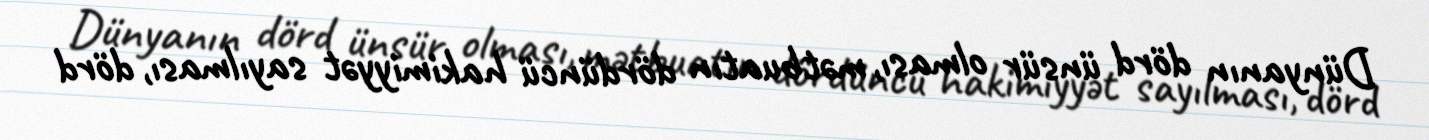
Dünyanın dörd ünsür olması, mətbuatın dördüncü hakimiyyət sayılması, dörd